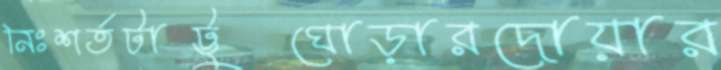
নিঃশর্তটাট্টুঘোড়ারদোয়ার